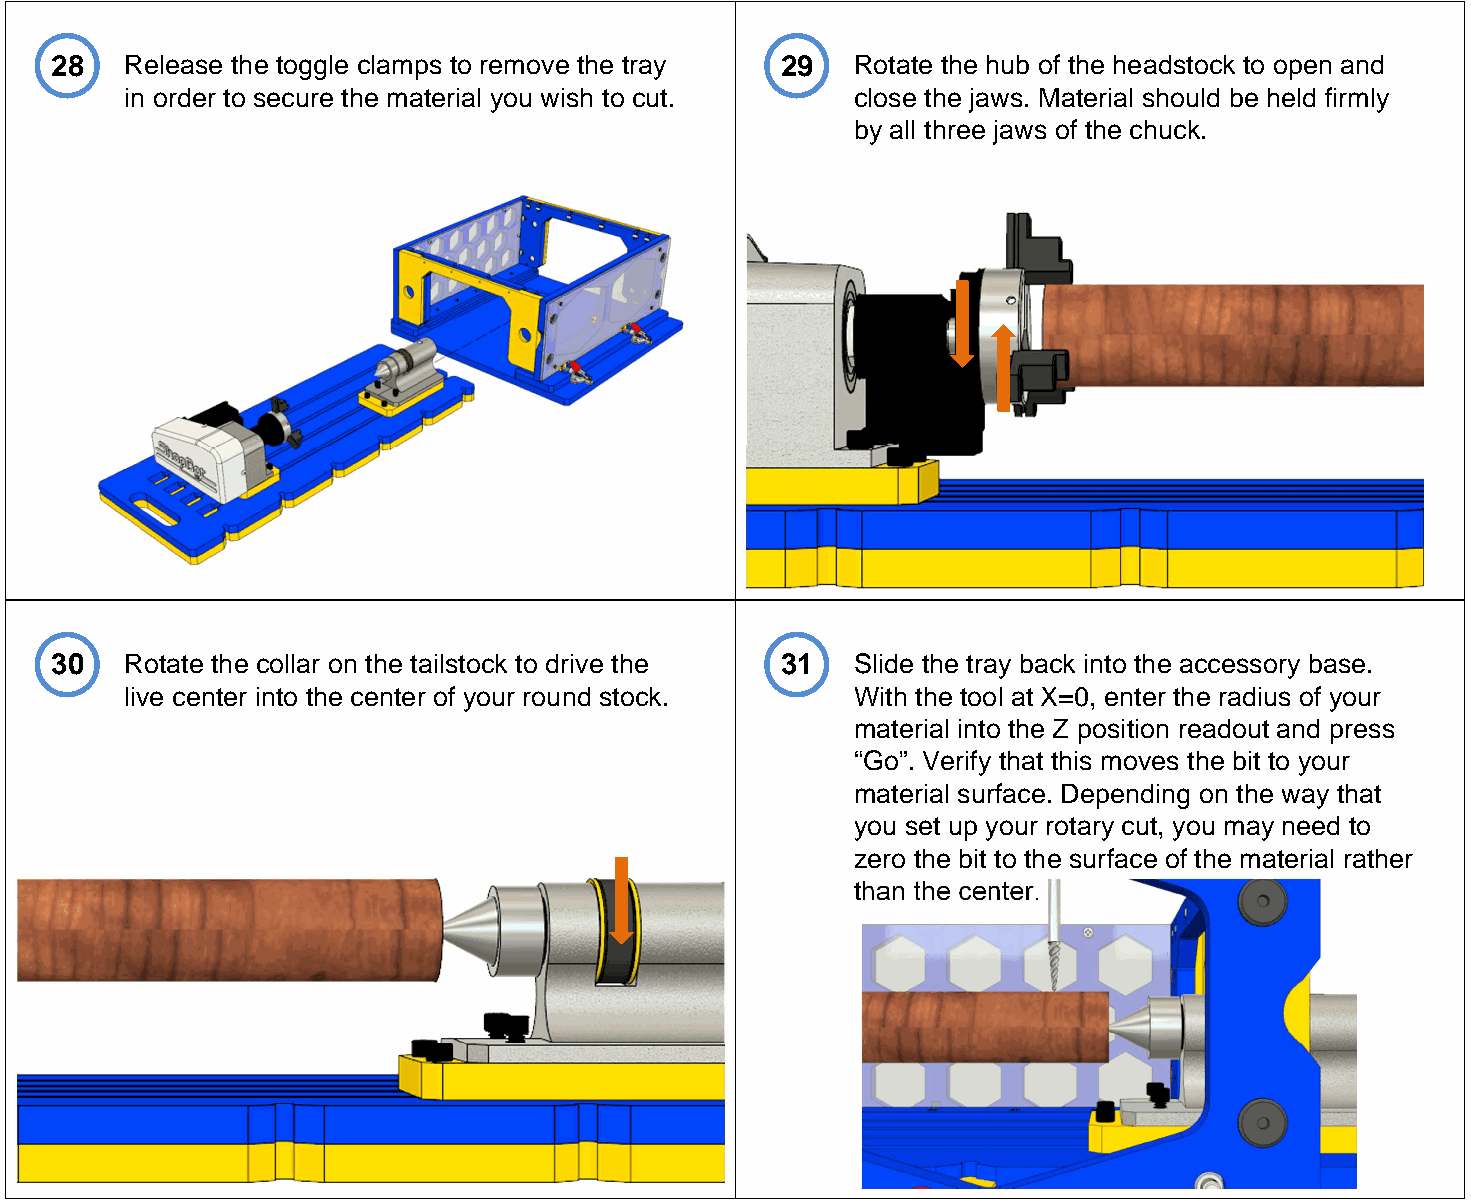
28   Release the toggle clamps to remove the tray 29  Rotate the hub of the headstock to open and
 in order to secure the material you wish to cut. close the jaws. Material should be held firmly
 by all three jaws of the chuck.
 30   Rotate the collar on the tailstock to drive the 31 Slide the tray back into the accessory base.
 live center into the center of your round stock. With the tool at X=0, enter the radius of your
 material into the Z position readout and press
 “Go”. Verify that this moves the bit to your
 material surface. Depending on the way that
 you set up your rotary cut, you may need to
 zero the bit to the surface of the material rather
 than the center.